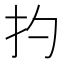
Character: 扚